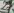
Text: 27